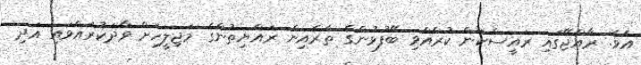
އެވެ. ރާއްޖޭގައި ރައީސްކަން ކުރެއްވި ބޭފުޅުންގެ ތެރެއިން ރައްޔިތުންގެ މަޖިލީހަށް ވާދަކުރައްވައި އަދި